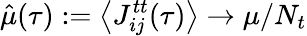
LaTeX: \hat{\mu}(\tau):=\big\langle J_{ij}^{tt}(\tau)\big\rangle\rightarrow\mu/N_{t}